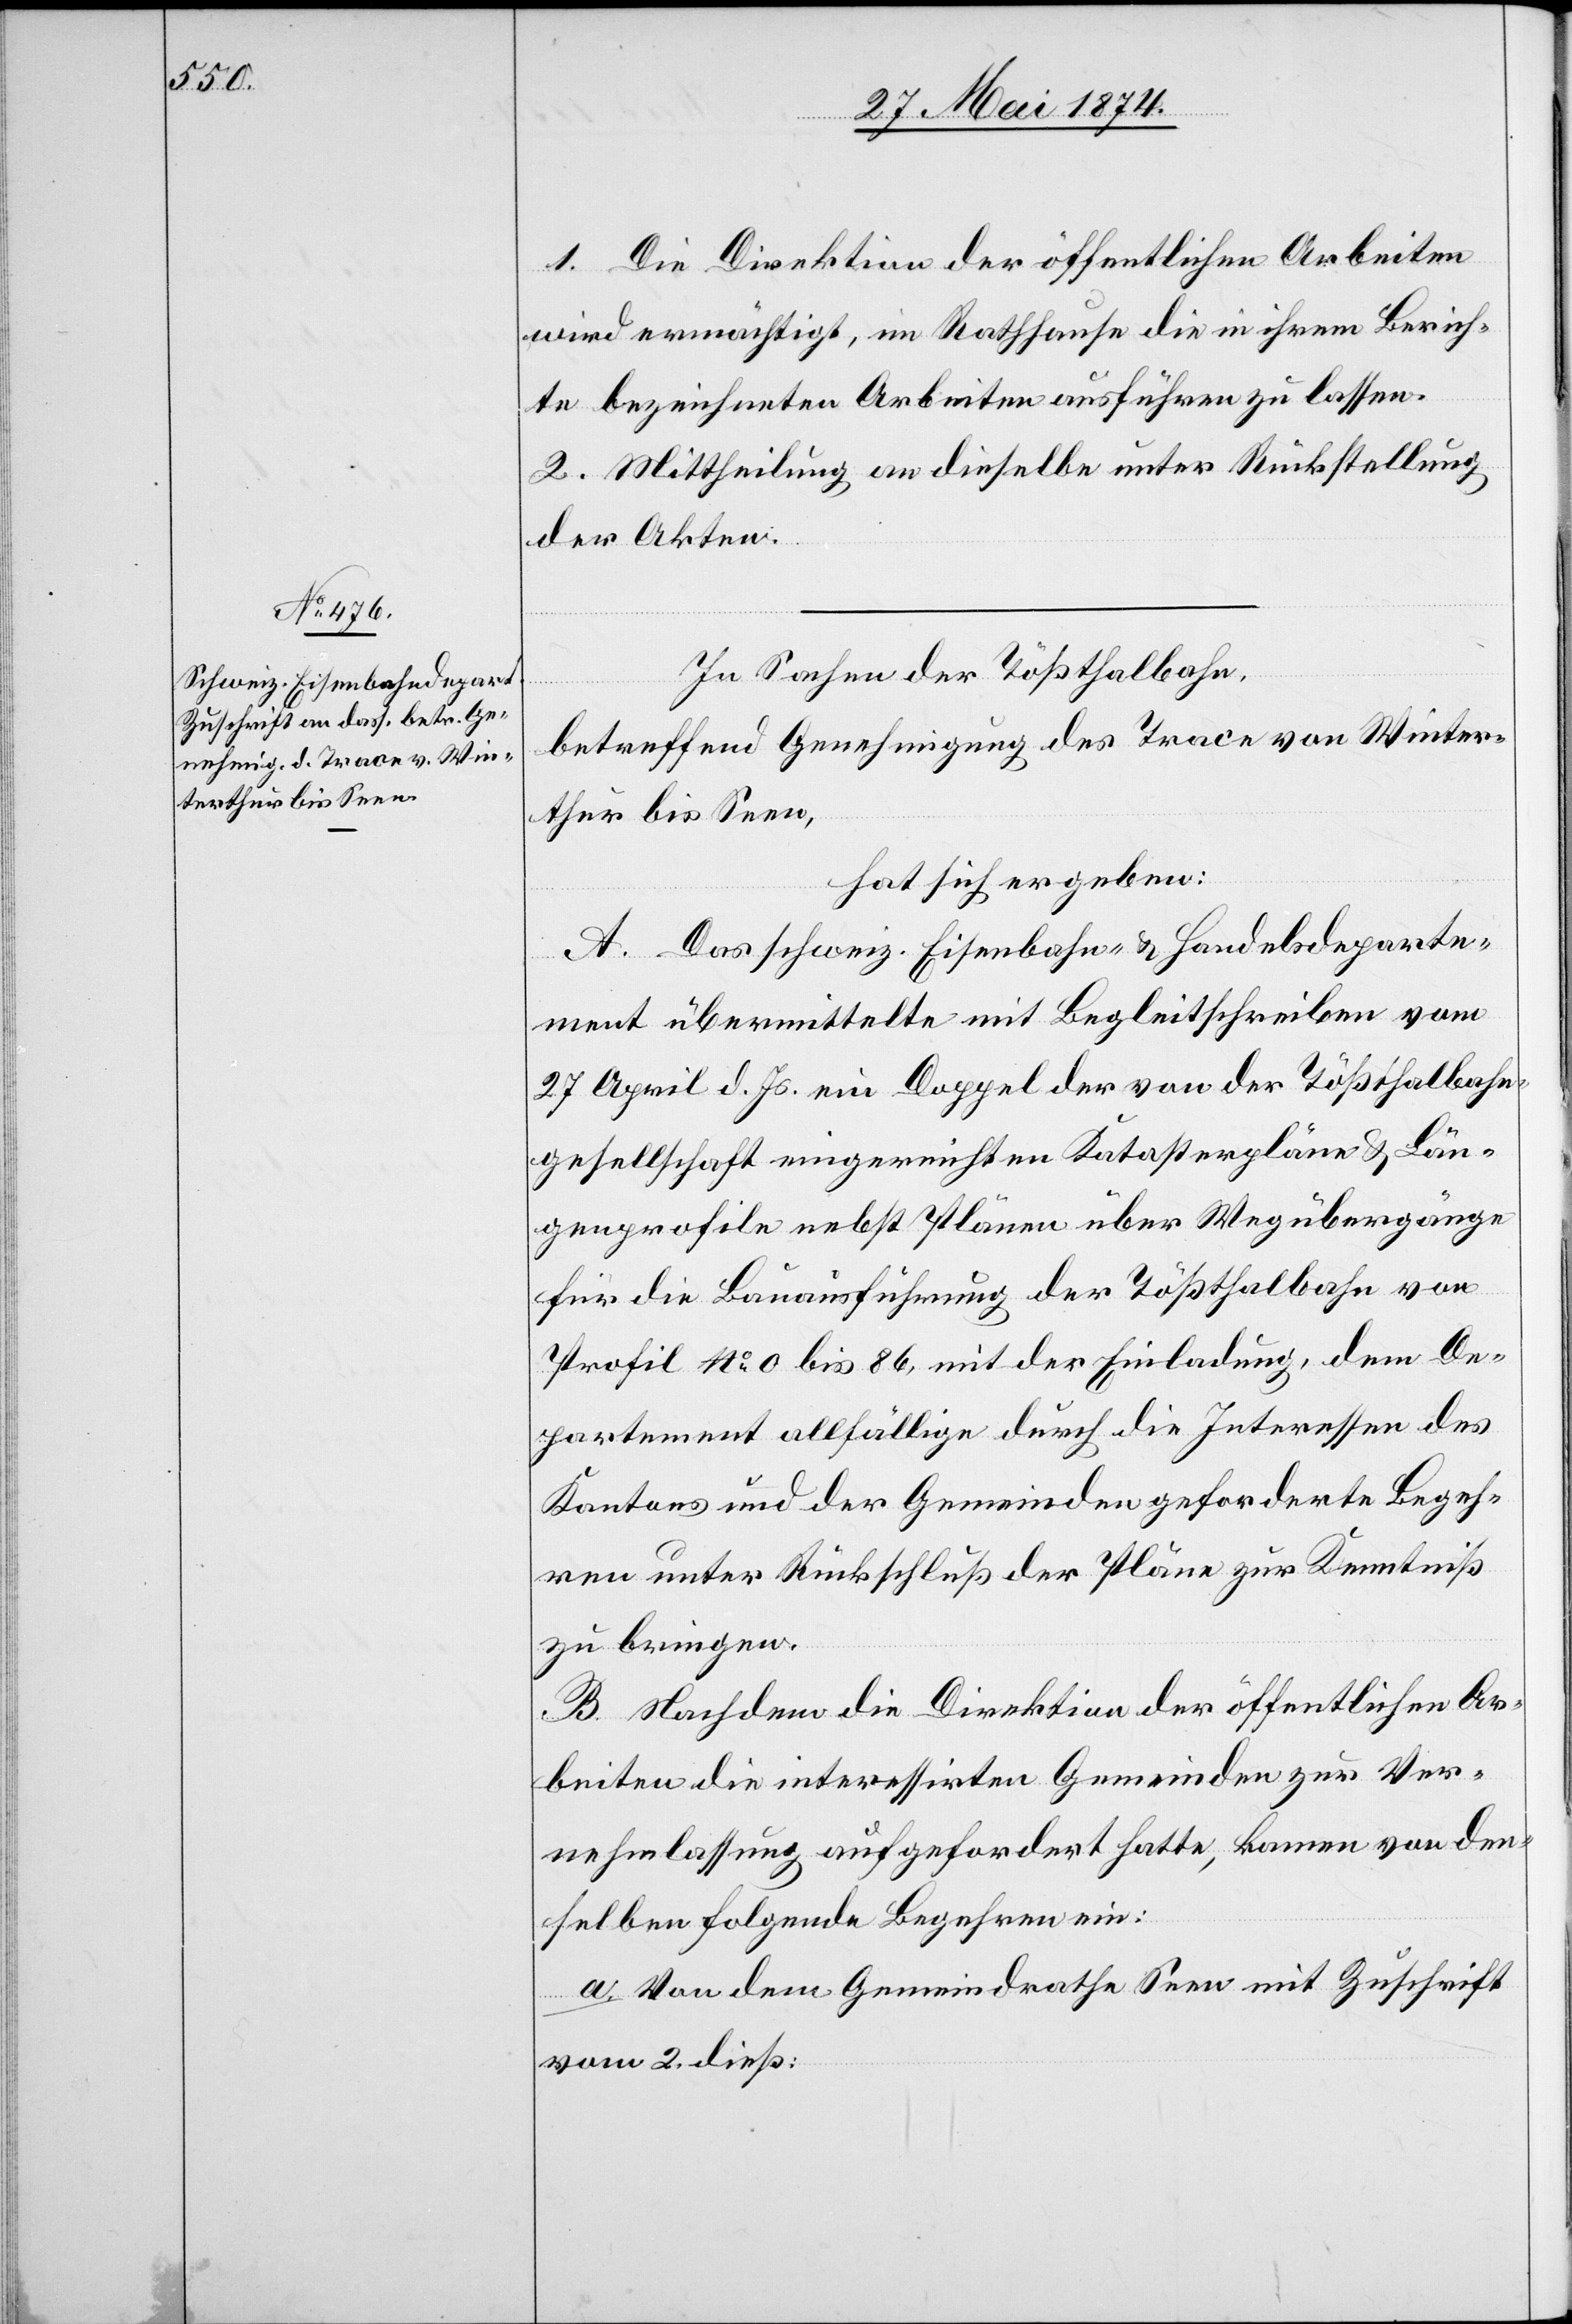
1. Die Direktion der öffentlichen Arbeiten
wir ermächtigt, im Rathhause die in ihrem Berich¬
te bezeichneten Arbeiten ausführen zu lassen.
2. Mittheilung an dieselbe unter Rückstellung
der Akten.
In Sachen der Tößthalbahn,
betreffend Genehmigung des Trace von Winter¬
thur bis Seen,
hat sich ergeben:
A. Das schweiz. Eisenbahn- u. Handelsdeparte¬
ment übermittelte mit Begleitschreiben vom
27. April d. Js. ein Doppel der von der Tößthalbahn¬
gesellschaft eingereichten Katasterpläne u. Län¬
genprofile nebst Plänen über Wegübergänge
für die Bauausführung der Tößthalbahn von
Profil No 0 bis 86, mit der Einladung, dem De¬
partement allfällige durch die Interessen des
Kantons und der Gemeinden geforderte Begeh¬
ren unter Rückschluß der Pläne zur Kenntniß
zu bringen.
B. Nachdem die Direktion der öffentlichen Ar¬
beiten die interessirten Gemeinden zur Ver¬
nehmlassung aufgefordert hatte, kamen von den¬
selben folgende Begehren ein:
a. Von dem Gemeindrathe Seen mit Zuschrift
vom 2. dieß: